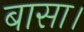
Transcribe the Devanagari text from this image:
बासा।